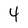
Character: 4